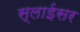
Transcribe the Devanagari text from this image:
स्‍लाईसर